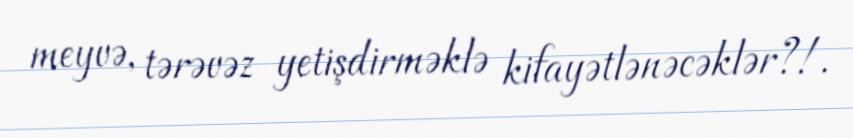
meyvə, tərəvəz yetişdirməklə kifayətlənəcəklər?!.